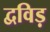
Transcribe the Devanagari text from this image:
द्वविड़